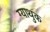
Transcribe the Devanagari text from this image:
ग्याथुक